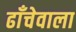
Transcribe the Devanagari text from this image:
ढाँचेवाला